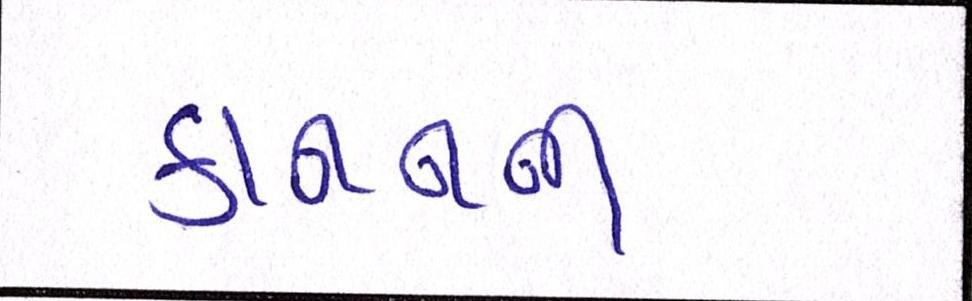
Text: કાનનની